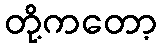
တို့ကတော့